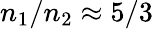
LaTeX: n_{1}/n_{2}\approx 5/3